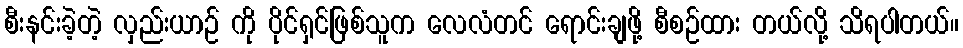
စီးနင်းခဲ့တဲ့ လှည်းယာဉ် ကို ပိုင်ရှင်ဖြစ်သူက လေလံတင် ရောင်းချဖို့ စီစဉ်ထား တယ်လို့ သိရပါတယ်။